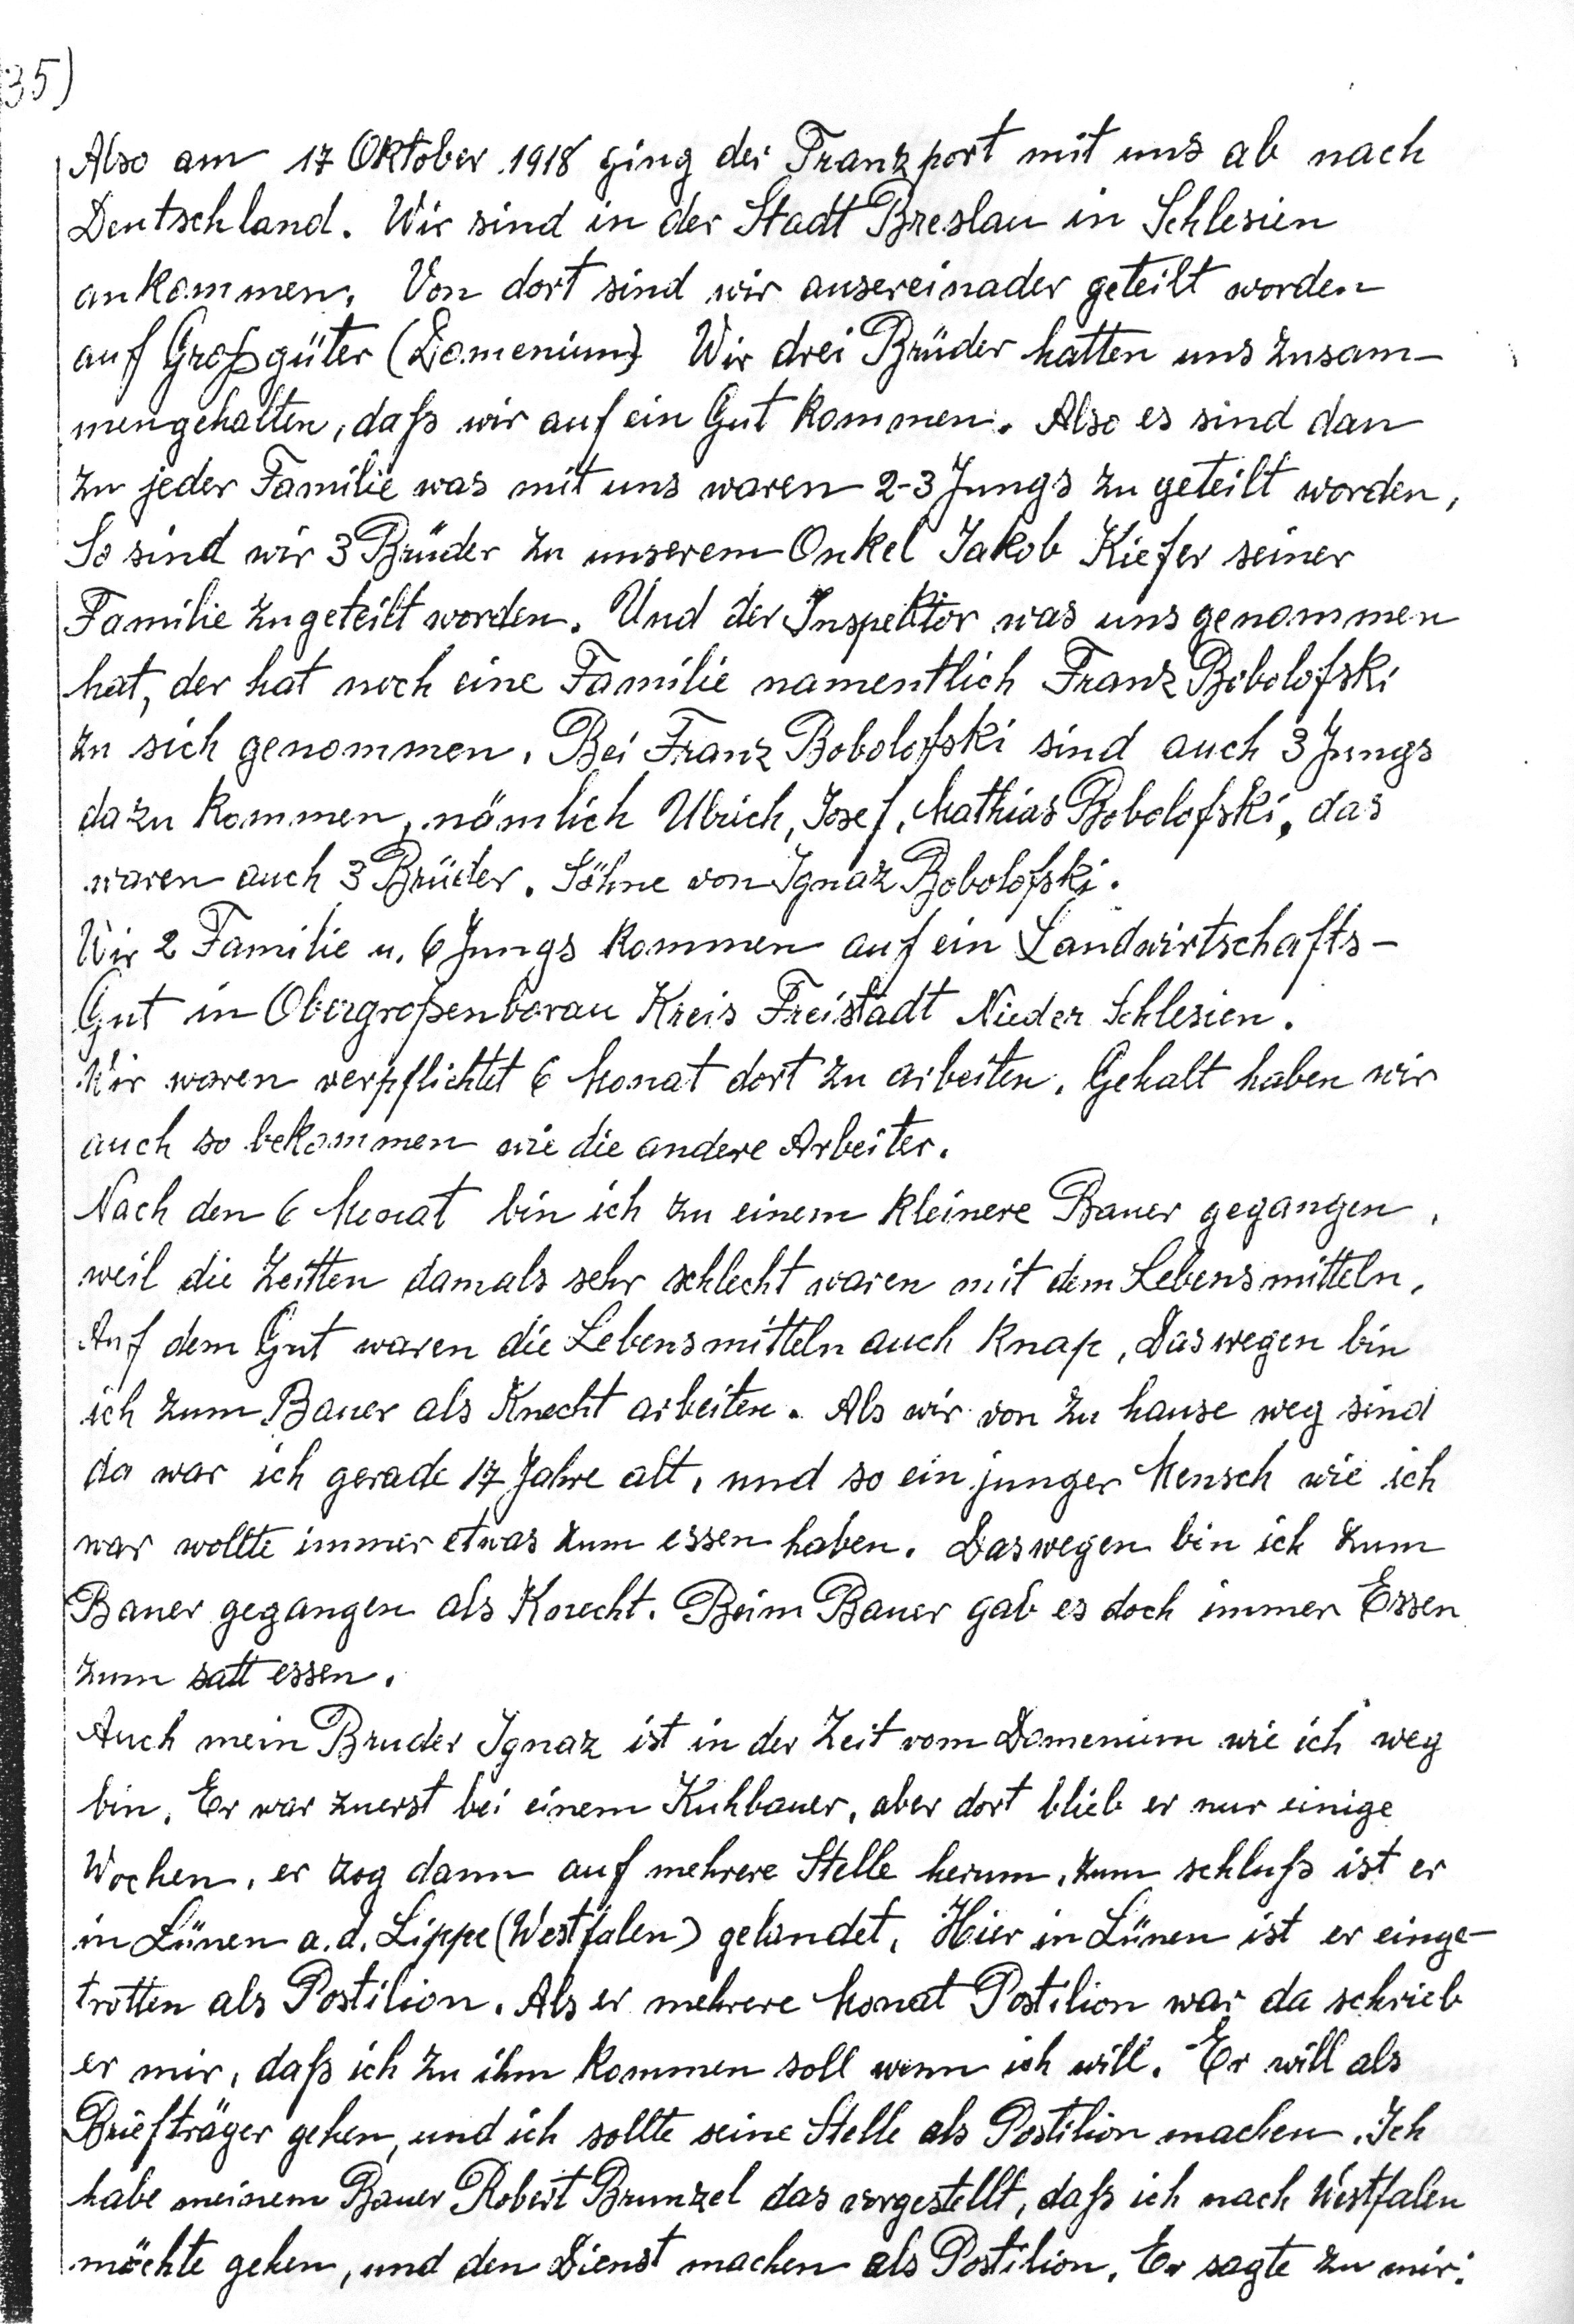
35)
Also am 17. Oktober 1918 ging der Transport mit uns ab nach
Deutschland. Wir sind in der Stadt Breslau in Schlesien
angekommen. Von dort sin dwir ausereinander geteilt worden
auf Großgüter (Domenium) Wir drei Brüder hatten uns zusam-
mengehalten, daß wir auf ein Gut kommen. Also es sind dann
zu jeder Familie was mit uns waren 2-3- Jungs zu geteilt worden,
So sind wir 3 Brüder zu unserem Onkel Jakob Kiefer seiner
Familie zugeteilt worden. Und der Inspektor was uns genommen
hat, der hat noch eine Familie namentlich Franz Bobolofski
zu sich genommen. Bei Franz Bobolofski sind auch 3 Jungs
dazu kommen, nämlich Ulrich, Josef, Mathias Bobolofski, das
waren auch 3 Brüder. Söhne von Ignaz Bobolofski.
Wir 2 Familie u. 6 Jungskommen auf ein Landwirtschafts-
Gut Obergroßenborau Kreis Freistadt Nieder Schlesien.
Wir waren verpflichtet 6 Monat dort zu arbeiten. Gehalt haben wir
auch so bekommen wie die andere Arbeiter.
Nach den 6 Monat bin ich zu einem kleinere Bauer gagangen,
weil die Zeiten damals sehr schlecht warenmit dem Lebensmitteln.
Auf dem Gut waren die Lebensmitteln auch knap, Deswegenbin
ich zum Bauere als Knecht arbeiten. Als wir von zu hause weg sind
da war ich gerade 17 Jahre alt, und so ein junger Mensch wie ich
war wollte immer etwas zum essen haben. Deswegen bin ich zum
Bauer gegangen als Knecht. Beim Bauer gab es doch immer Essen
zum satt essen.
Auch mein Bruder Ignaz ist in der Zeit vom Domenium wie ich weg
bin. Er war zuerst bei einem Kuhbauer, aber dort blieb er nur einige
Wochen, er zug dann auf mehrere Stelle herum, zum schluß ist er
in Lünen a. d. Lippe (Westfalen) gelandet. Hier in Lünen ist er einge¬
treten als Postilion. Als er mehrere Monat Postilon war da schrieb
er mir, daß ich zu ihm kommen soll wenn ich will.Er will als
Briefträger gehen, und ich sollte seine Stelle als Postilion machen. Ich
habe meinem Bauer Robert Brunzel das vorgestellt, daß ich nach Westfalen
möchte gehen, und den Dienst machen als Postilion. Er sagte zu mir: